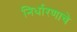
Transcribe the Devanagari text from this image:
निर्धारणाचे